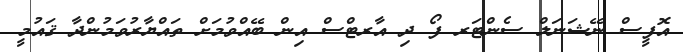
އޮފީސް ނޭޝަނަލް ސެންޓަރ ފޯ ދި އާރޓްސް އިން ބޭއްވުމަށް ތައްޔާރުވަމުންދާ ޤައުމީ